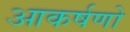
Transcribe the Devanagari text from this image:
आकर्षणो